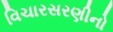
વિચારસરણીનો